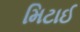
મિટાઈ